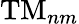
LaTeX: \mathrm{TM}_{nm}